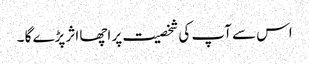
اس سے آپ کی شخصیت پر اچھا اثر پڑے گا ۔